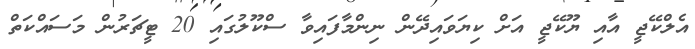
އެލްކޭޖީ އާއި ޔޫކޭޖީ އަށް ކިޔަވައިދޭން ނިންމާފައިވާ ސްކޫލުގައި 20 ޓީޗަރުން މަސައްކަތް